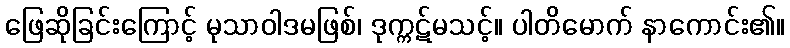
ဖြေဆိုခြင်းကြောင့် မုသာဝါဒမဖြစ်၊ ဒုက္ကဋ်မသင့်။ ပါတိမောက် နာကောင်း၏။